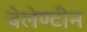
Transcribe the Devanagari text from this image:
वेलेण्टीन